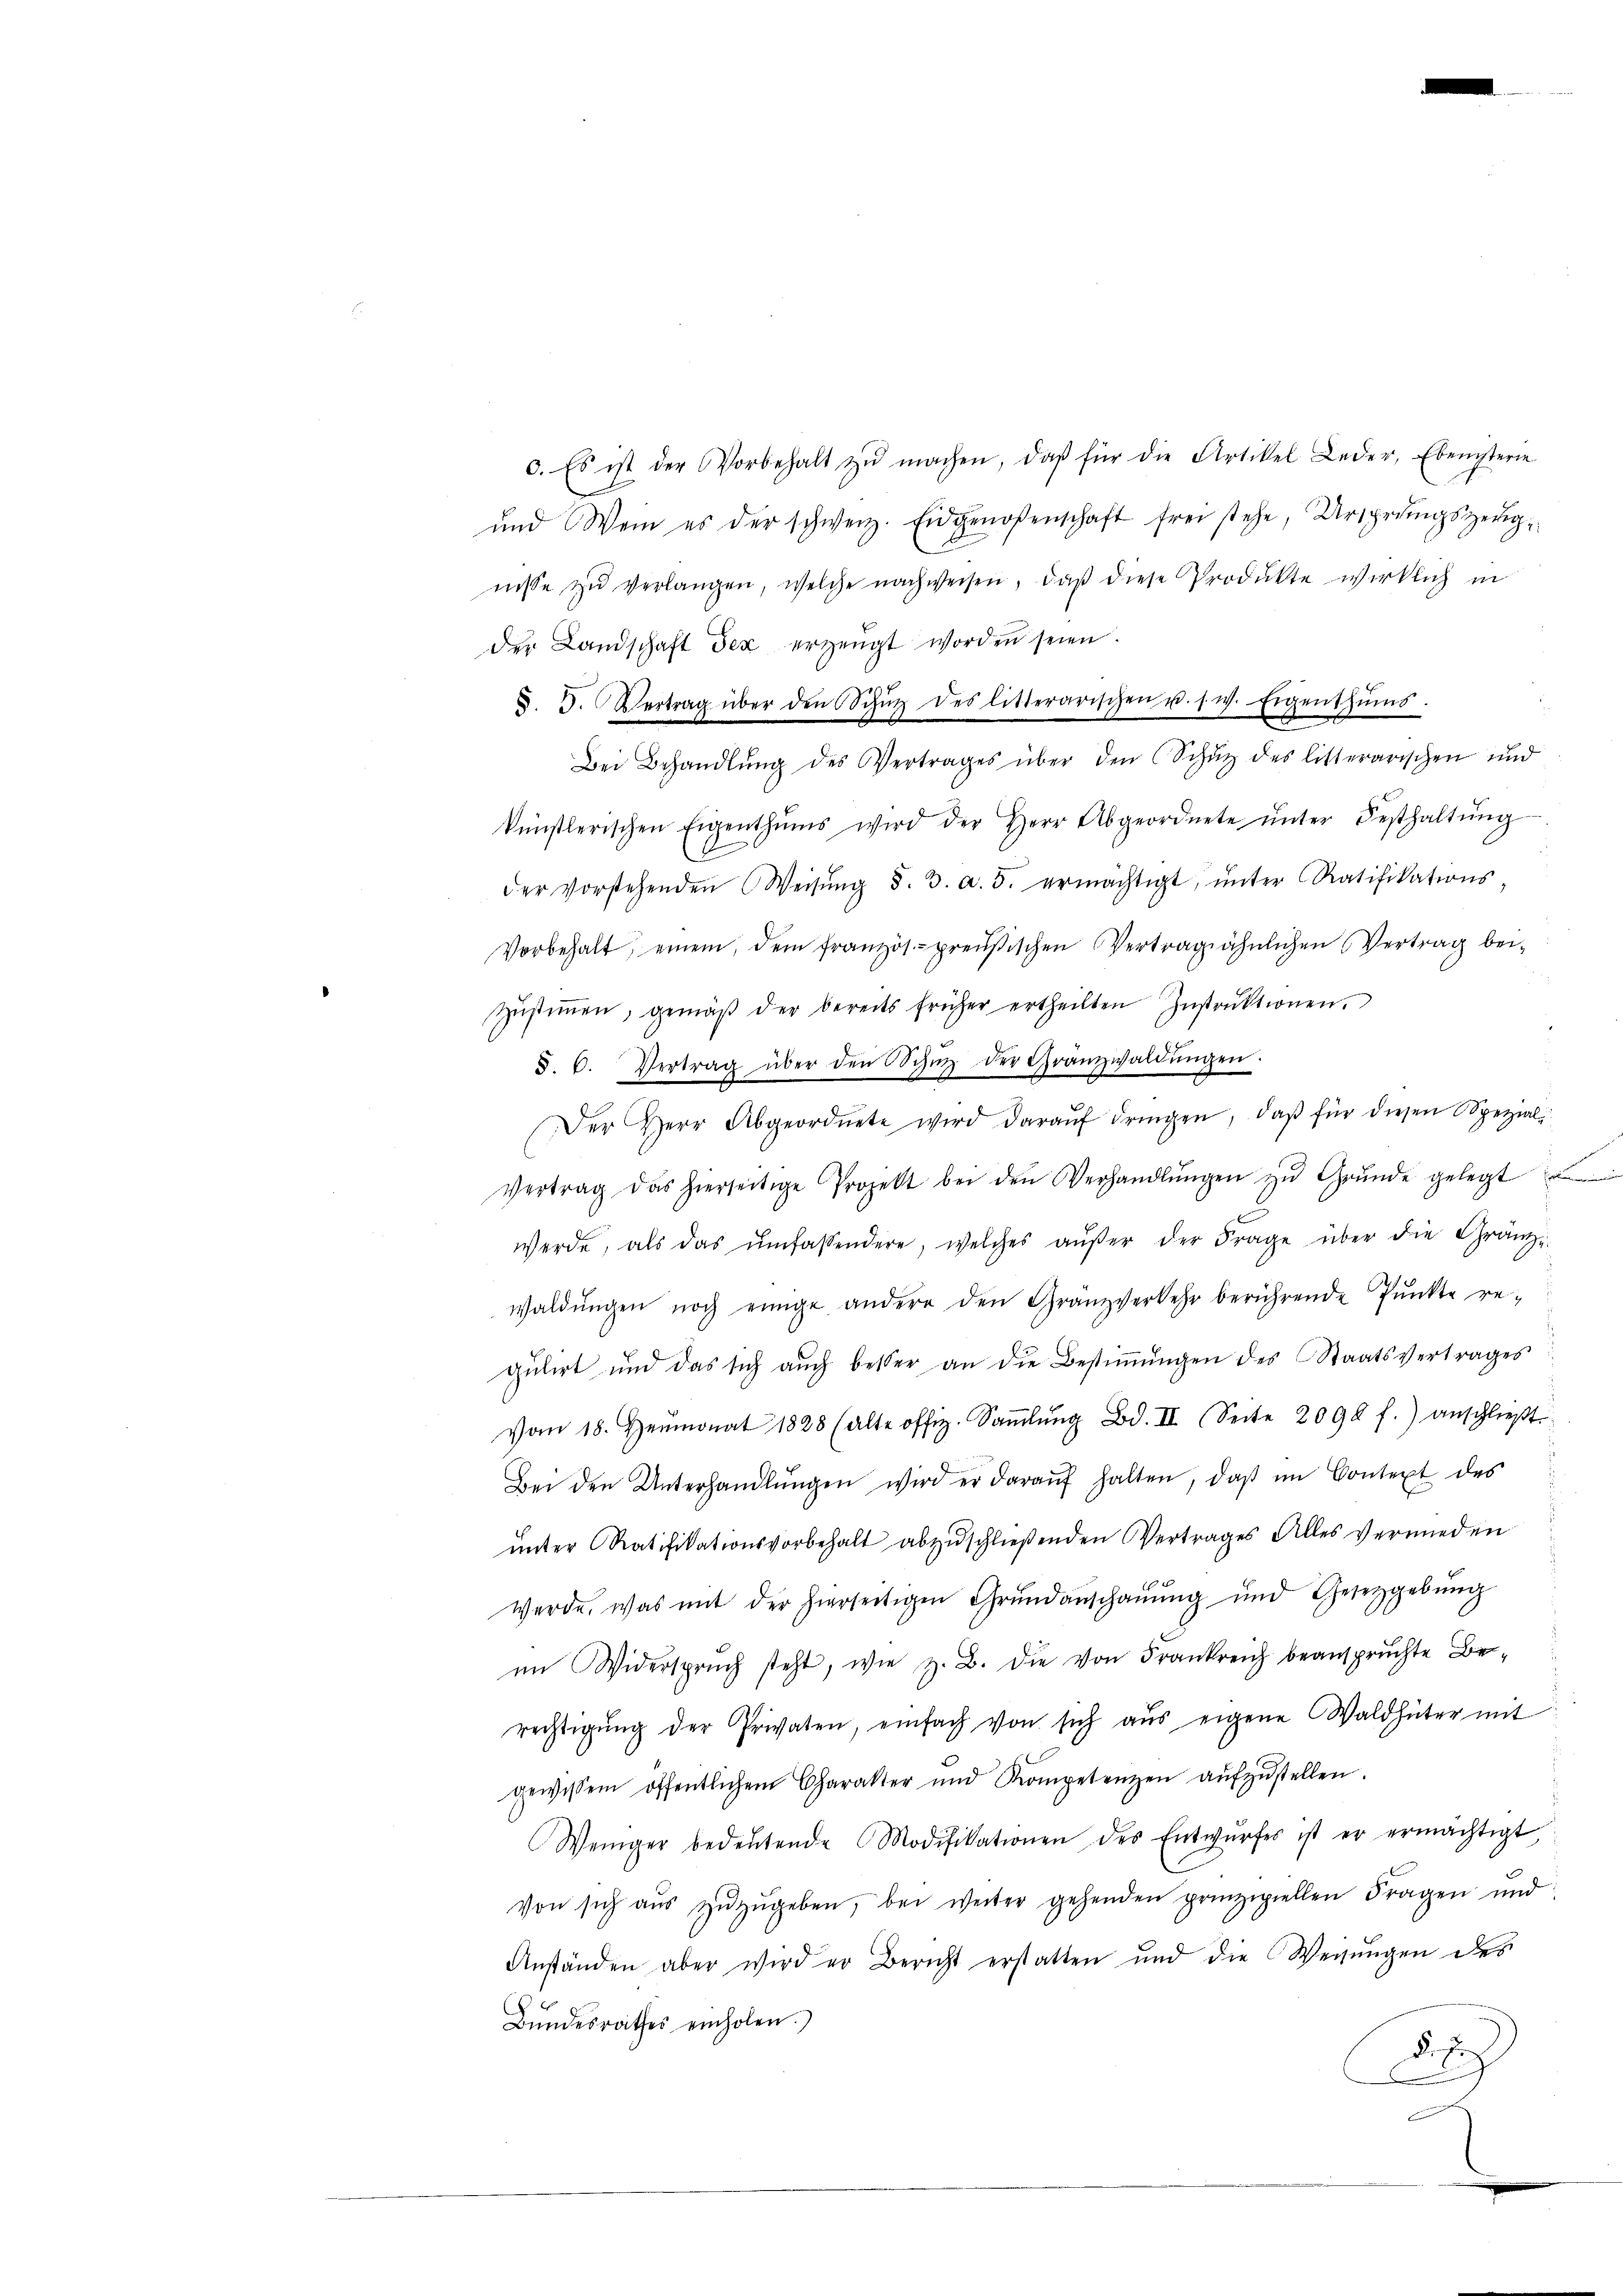
c. Es ist der Vorbehalt zŭ machen, daβ für die Artikel Leder, Ebenisterie
und Wein es der schweiz. Eidgenoßenschaft frei stehe, Ursprungszeugnisse zŭ verlangen, welche nachweisen, daß diese Produkte wirklich in
der Landschaft der erzeugt worden seien.
§. 5. Vertrag über den Schŭt des litterarischen u. s. w. Eigenthŭms.
Bei Behandlŭng des Vertrages über den Schŭt des litterarischen und
künstlerischen Eigenthŭms wird der Herr Abgeordnete ŭnter Besthaltŭng
der Vorstehenden Weisŭng §. 3. a. 5. ermächtigt, ŭnter Ratifikations-
Vorbehalt, einem, dem französ. preußischen Vertrag ähnlichen Vertrag bei-
.
zŭstiṁen, gemäβ der bereits früher ertheilten Instrŭktionen.
§. 6. Vertrag über den Schütz der Granzwaldŭngen.
Der Herr Abgeordnete wird daraŭf dringen, daβ für diesen Spezial
Vertrag das hierseitige Projekt bei den Verhandlŭngen zŭ Grŭnde gelegt
werde, als das umfassendere, welches aŭβer der Frage über die Gränze
waldŭngen noch einige andere den Gränzverkehr berührende Pŭnkte regulirt und das sich aŭch besser an die Bestiṁŭngen des Staatsvertrages
vom 18. Heumonat 1828 (alte offiz. Saṁlŭng Bd. II. Seite 2092 f.) anschlieβt.
Bei den Unterhandlŭngen wird er daraŭf halten, daβ im Context des
unter Ratifikationsvorbehalt abzuschließenden Vertrages Alles vermieden
werde, was mit der hierseitigen Grundanschaŭŭng und Gesetzgebŭng
im Widerspruch steht, wie z. B. die von Frankreich beanspruchte Berechtigŭng der Privaten, einfach von sich aus eigene Waldhüter mit
gewissem öffentlichem Charakter und Kompetenzen aŭfzŭstellen.
Weniger bedeŭtende Modifikationen des Entwŭrfes ist er ermächtigt,
Von sich aŭs zŭzŭgeben, bei weiter gehenden prinzipiellen Fragen und
Anständen aber wird er Bericht erstatten und die Wegŭngen des
Bŭndesrathes einholen.)
di
d
.